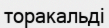
торакальді